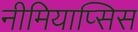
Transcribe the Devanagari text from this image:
नीमियाप्सिस